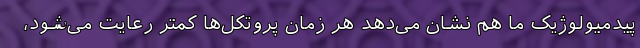
پیدمیولوژیک ما هم نشان می‌دهد هر زمان پروتکل‌ها کمتر رعایت می‌شود،